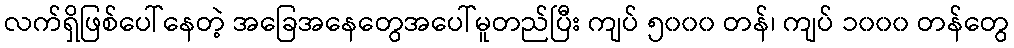
လက်ရှိဖြစ်ပေါ်နေတဲ့ အခြေအနေတွေအပေါ်မူတည်ပြီး ကျပ် ၅၀၀၀ တန်၊ ကျပ် ၁၀၀၀ တန်တွေ